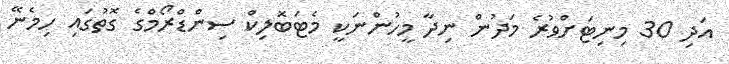
އަދި 30 މިނިޓަށްވުރެ މަދުން ނިދާ މީހުންނަކީ މެޓަބޮލިކް ސިންޑްރޯމްގެ ގޮތުގައި ހިމެނޭ